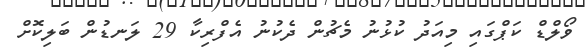
ވޯލްޑް ކަޕްގައި މިއަދު ކުޅުނު މެޗުން ދެކުނު އެފްރިކާ 29 ލަނޑުން ބަލިކޮށް